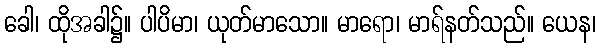
ခေါ၊ ထိုအခါ၌။ ပါပိမာ၊ ယုတ်မာသော။ မာရော၊ မာရ်နတ်သည်။ ယေန၊